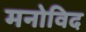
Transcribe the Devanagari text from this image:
मनोविद